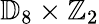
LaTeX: \mathbb{D}_{8}\times\mathbb{Z}_{2}